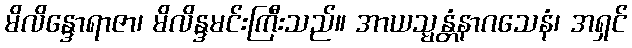
မိလိန္ဒောရာဇာ၊ မိလိန္ဒမင်းကြီးသည်။ အာယသ္မန္တံနာဂသေနံ၊ အရှင်